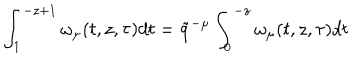
\int _ { 1 } ^ { - z + 1 } \omega _ { \mu } ( t , z , \tau ) d t = \tilde { q } ^ { - \mu } \int _ { 0 } ^ { - z } \omega _ { \mu } ( t , z , \tau ) d t